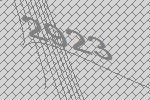
2923